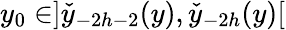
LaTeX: y_{0}\in]\check{y}_{-2h-2}(y),\check{y}_{-2h}(y)[